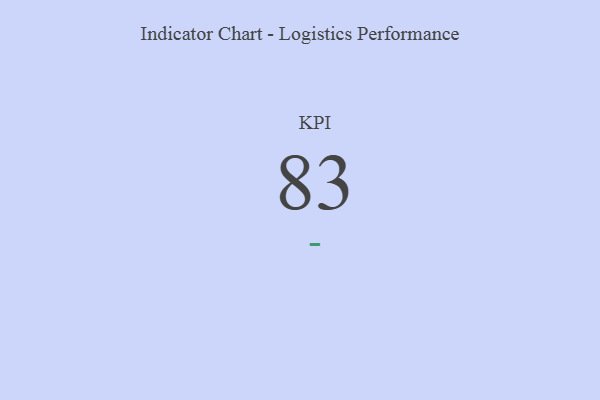
{"axis": {"x": "KPI", "y": "Value"}, "legend": [""], "data": [{"x": "KPI", "y": 83, "type": ""}]}